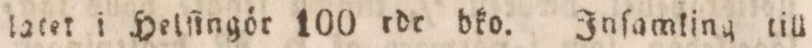
latet i Helſingör 100 rdr dko. Inſamling till